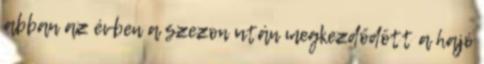
abban az évben a szezon után megkezdődött a hajó